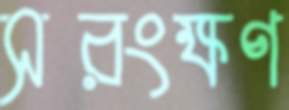
সরংক্ষণ